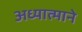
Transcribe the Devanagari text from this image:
अध्यात्माने